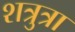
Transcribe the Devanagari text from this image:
शत्रुत्रा